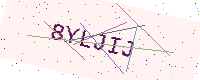
Text: 8YLJIJ